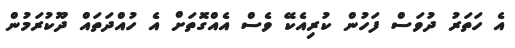
އެ ހަތަރު ދުވަސް ފަހުން ކުރިއެކޭ ވެސް އެއްގޮަތަށް އެ ހުއްދަތައް ދޫކުރަމުން